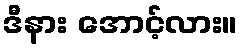
ဒီနား အောင့်လား။